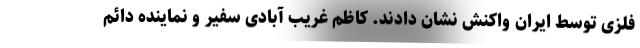
فلزی توسط ایران واکنش نشان دادند. کاظم غریب آبادی سفیر و نماینده دائم